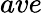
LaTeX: ave